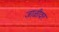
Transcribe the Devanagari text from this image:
जाळीवर